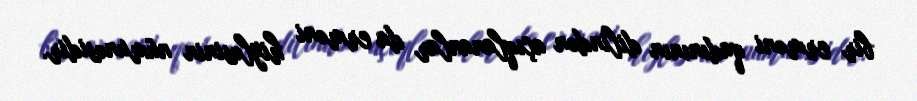
bir erməni qadınının dilindən açıqlananlar da erməni hiyləsinin nümunəsidir.